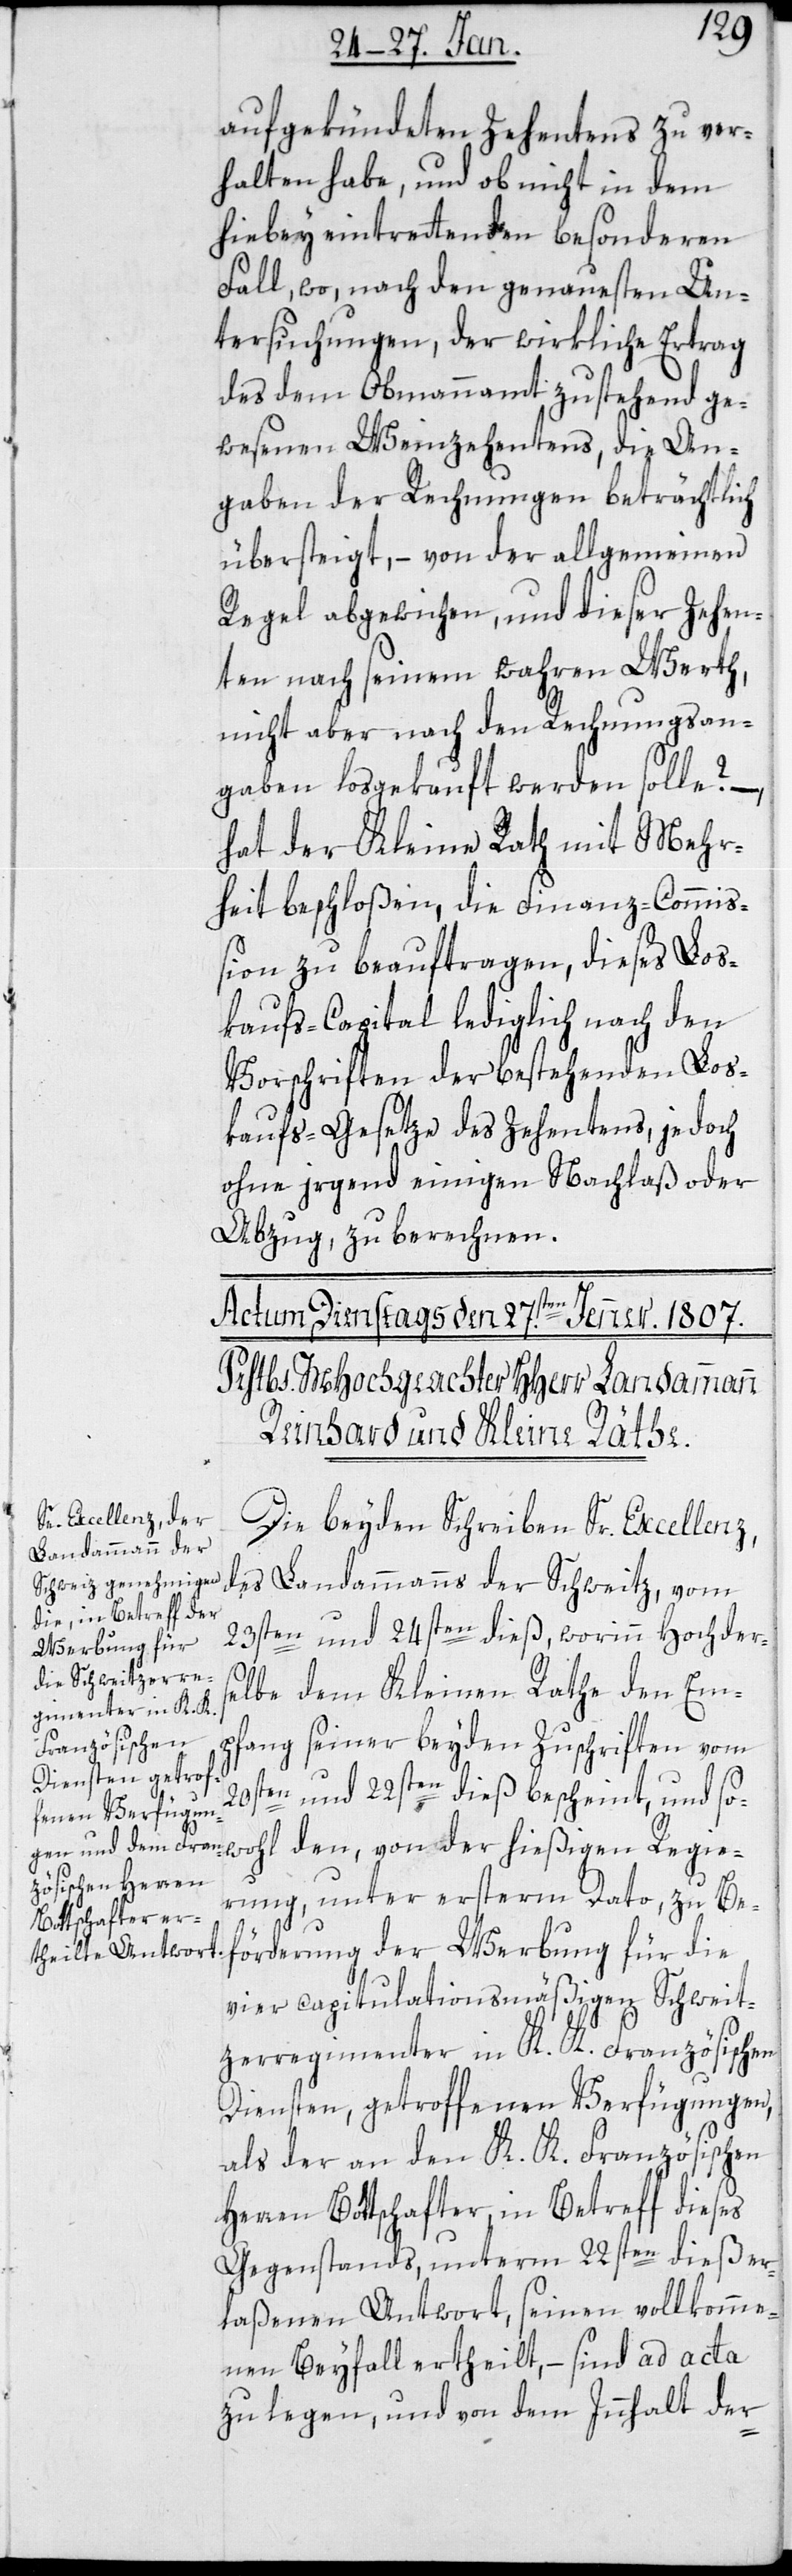
aufgekündeten Zehentens zu ver¬
halten habe, und ob nicht in dem
hiebey eintretenden besonderen
Fall, wo, nach den genauesten Un¬
tersuchungen, der wirkliche Ertrag
des dem Obmannamt zustehend ge¬
wesenen Weinzehentens, die An¬
gaben der Rechnungen beträchtlich
übersteigt, – von der allgemeinen
Regel abgewichen, und dieser Zehen¬
ten nach seinem wahren Werth,
nicht aber nach den Rechnungs-An¬
gaben losgekauft werden solle? –
hat der Kleine Rath mit Mehr¬
heit beschloßen, die Finanz-Commiß¬
ion zu beauftragen, dieses Los¬
kaufs-Capital lediglich nach den
Vorschriften der bestehenden Los¬
kaufs-Gesetze des Zehentens, jedoch
ohne irgend einigen Nachlaß oder
Abzug, zu berechnen.
Die beiden Schreiben Sr. Excellenz
des Landammanns der Schweitz, vom
23sten und 24sten dieß, worin hochders¬
elbe dem Kleinen Rathe den Em¬
pfang seiner beiden Zuschriften vom
20sten und 22sten dieß bescheint, und so¬
wohl den, von der hießigen Regie¬
rung unter ersterem Dato, zu Be¬
förderung der Werbung für die
vier capitulationsmäßigen Schweit¬
zerregimenter in K. K. Französischen
Diensten getroffenen Verfügungen,
als der an den K. K. Französischen
Herren Bottschafter, in Betreff dieses
Gegenstands, unterm 22sten dieß er¬
laßenen Antwort, seinen vollkomme¬
nen Beyfall ertheilt, – sind ad acta
zu legen, und von dem Innhalt der-